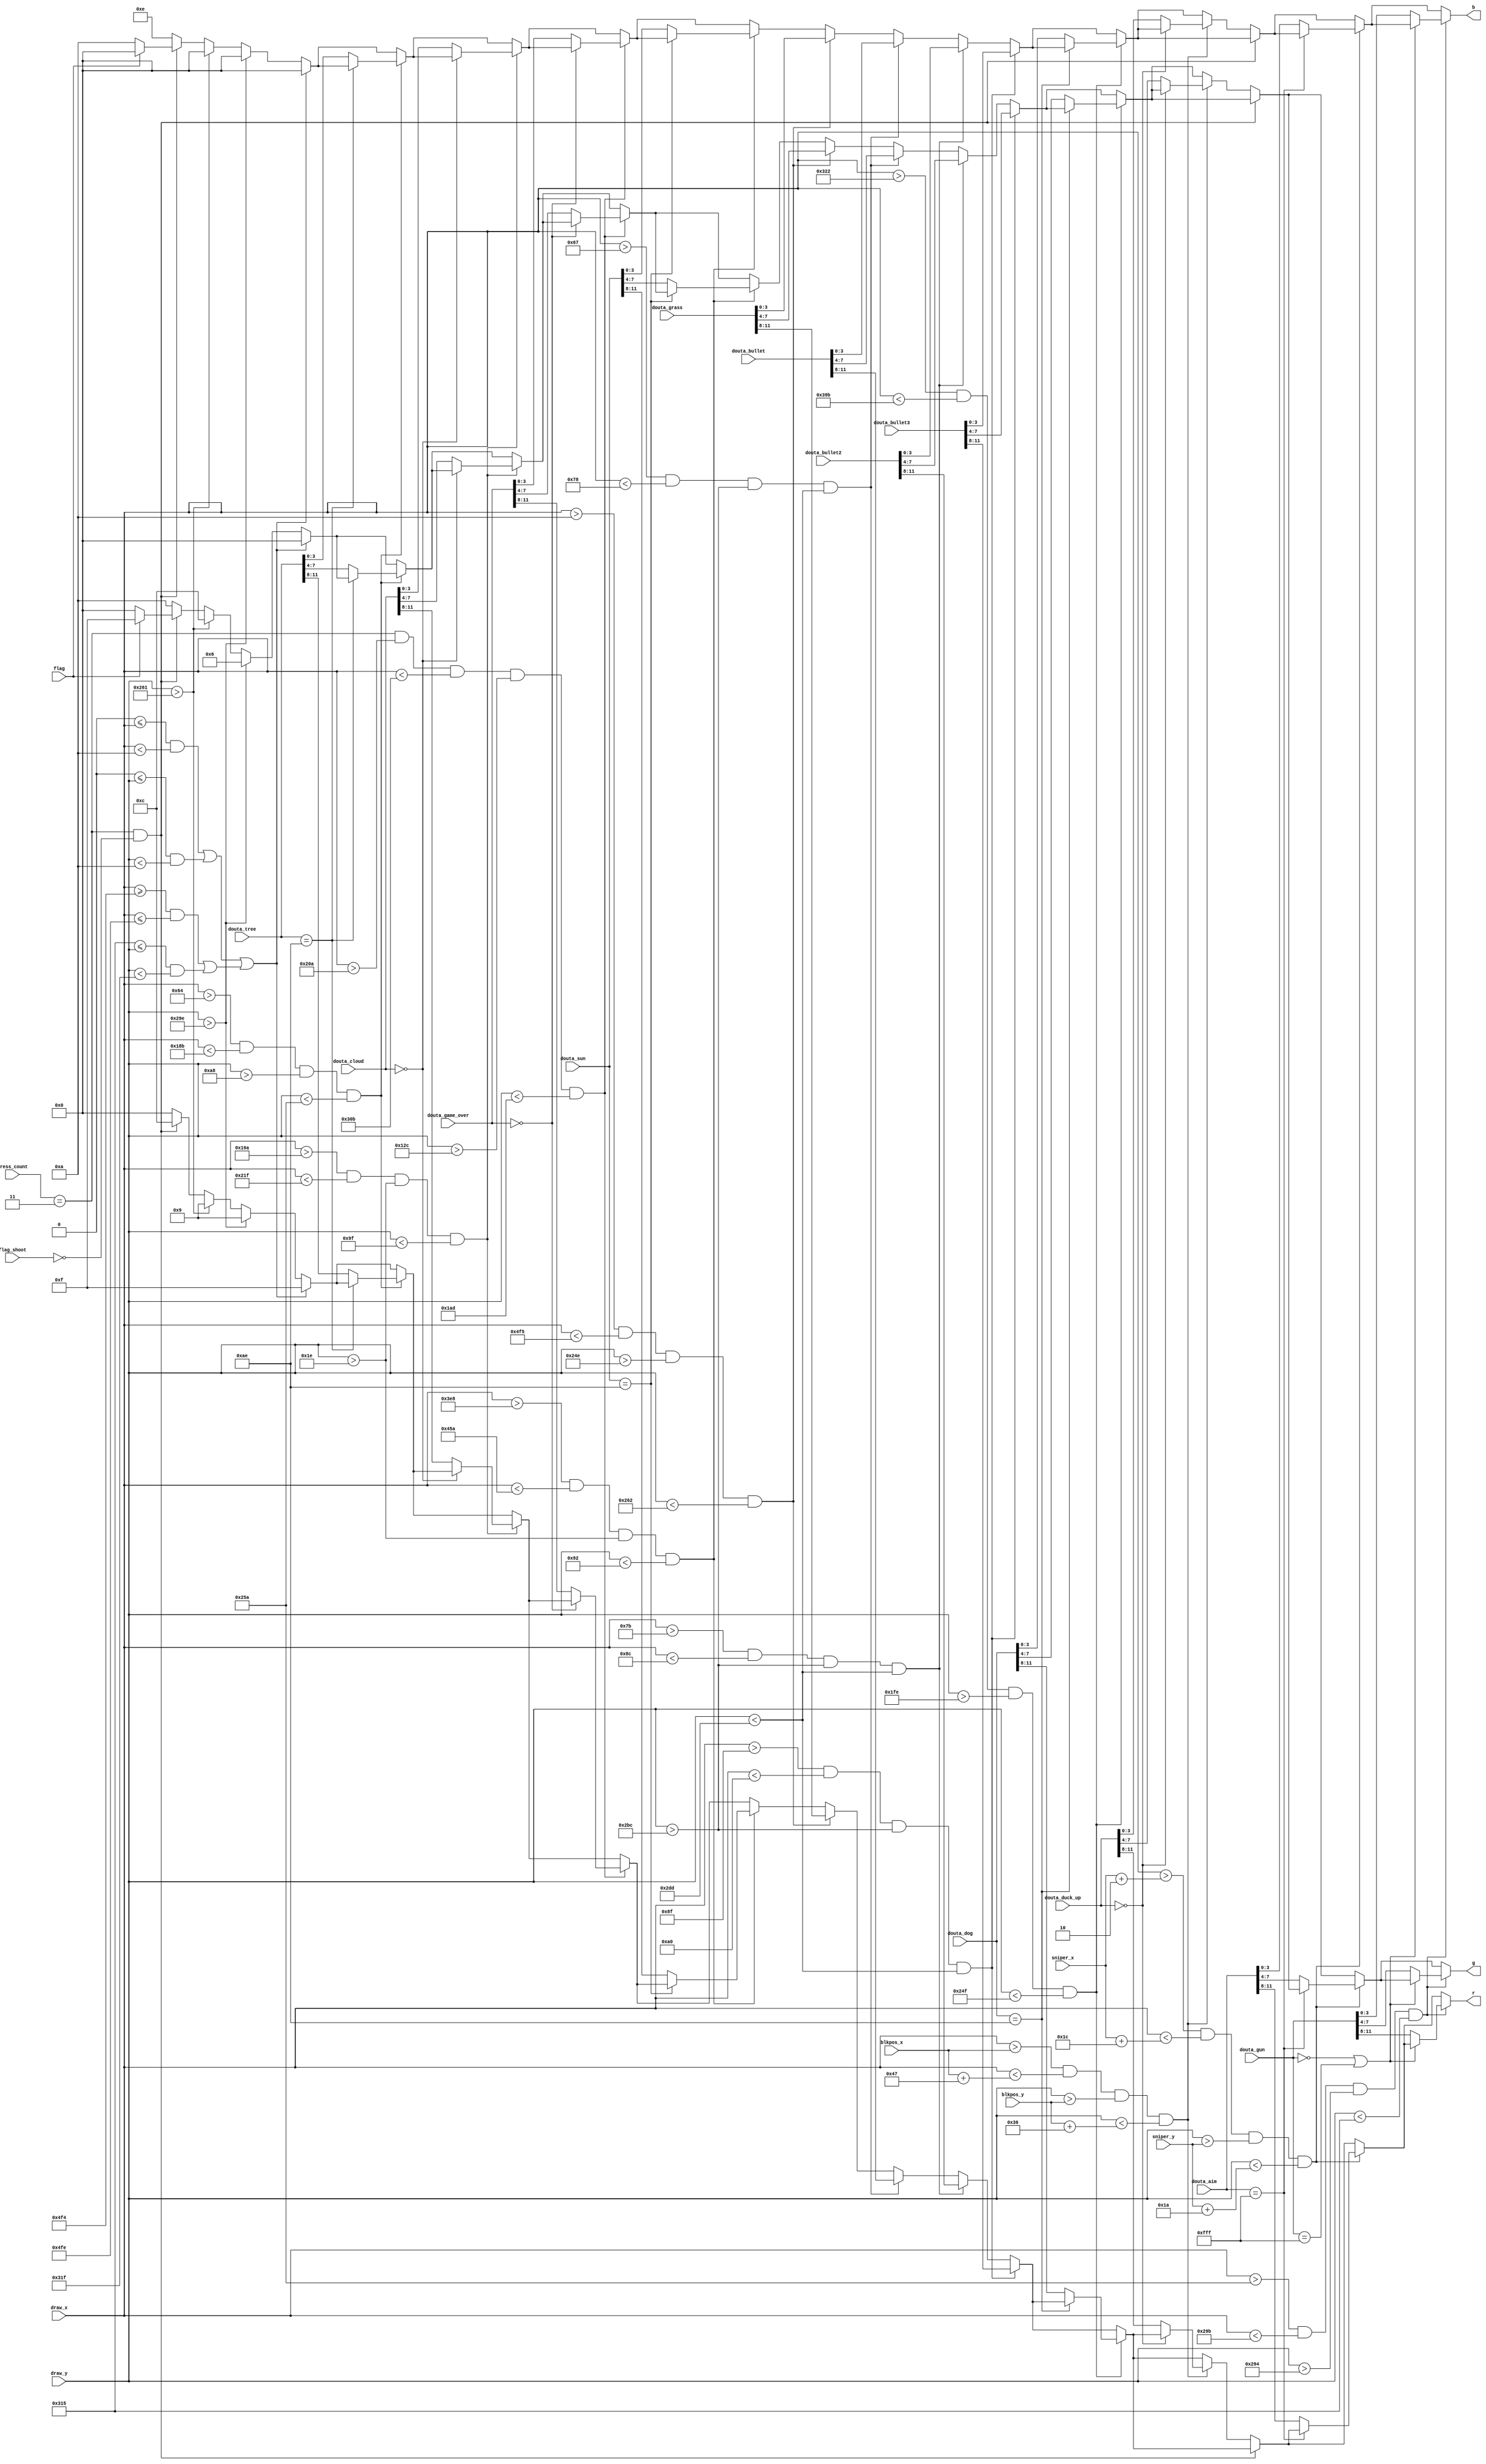
`timescale 1ns / 1ps
//////////////////////////////////////////////////////////////////////////////////
// Company: 
// Engineer: 
// 
// Design Name: 
// Module Name: drawcon
// Project Name: 
// Target Devices: 
// Tool Versions: 
// Description: 
// 
// Dependencies: 
// 
// Revision:
// Revision 0.01 - File Created
// Additional Comments:
// 
//////////////////////////////////////////////////////////////////////////////////


module drawcon(
input [10:0] sniper_x, sniper_y, blkpos_x, blkpos_y, draw_x, draw_y, 
input flag_shoot, flag,
input [1:0] press_count,
input [11:0] douta_tree, douta_cloud, douta_sun, douta_grass, douta_dog, douta_gun, douta_game_over, douta_aim, 
douta_duck_up, douta_bullet, douta_bullet2, douta_bullet3,
output reg [3:0] r, g, b
    );
reg [3:0] bg_b, bg_g, bg_r;
reg [3:0] blk_b, blk_g, blk_r; 

always@*
begin 
            // to draw wall on the edge
     if((((11'd0 <= draw_x) && (draw_x < 11'd10)) || ((11'd0<= draw_y) && (draw_y<11'd10))) 
     || (((draw_x>=11'd1268) && (draw_x <= 11'd1278)) || ((11'd789<= draw_y) && (draw_y<11'd799)))) 
        begin 
            bg_r = 4'hf;
            bg_g = 4'h0;
            bg_b = 4'h0;
        end
     else
        begin  
            if(draw_y > 11'd670) //condition to separate the background - for ground brown 
            begin
            bg_r = 4'h9;
            bg_g = 4'h6;
            bg_b = 4'h0;
            end
            else
            begin
                if(draw_y > 11'd609) // for grass green
                begin
                    bg_r = 4'h9;
                    bg_g = 4'hc;
                    bg_b = 4'h0;
                end
                else
                if((press_count == 2'd3) && ~ flag_shoot) // if game is finished pink color on the sky
                begin
                    if(flag) begin //if user won
                        bg_r = 4'hc;
                        bg_g = 4'hf;
                        bg_b = 4'h0;
                    end
                    else begin //if user lost
                        bg_r = 4'hc;
                        bg_g = 4'h0;
                        bg_b = 4'ha;
                    end
                end
                else begin  // for sky blue
                    bg_r = 4'h0;
                    bg_g = 4'ha;
                    bg_b = 4'he;
                end
            end
        end
end

always@*
begin
        r = bg_r;
        g = bg_g;
        b = bg_b;
         
//code to draw tree on the screen
    if((draw_x > 11'd100) && (draw_x < 11'd395) && (draw_y > 11'd168) &&  (draw_y < 11'd602))
    begin
    if(douta_tree == 12'h0ae) begin
            r = r;
            g = g;
            b = b;
        end
        else begin
            r = douta_tree[11:8];
            g = douta_tree[7:4];
            b = douta_tree[3:0];
    end 
    end
    
   if((draw_x > 11'd362) &&  (draw_x < 11'd543) && (draw_y > 11'd30) &&  (draw_y < 11'd159))
      begin
        if(douta_cloud == 12'h000) begin
            r = r;
            g = g;
            b = b;
            end
        else begin
            r = douta_cloud[11:8];
            g = douta_cloud[7:4];
            b = douta_cloud[3:0];
        end 
        end
    //to draw sun on the screen
    if((press_count == 2'd3) && (draw_x > 11'd522) && (draw_x < 11'd779) && (draw_y > 11'd300) && (draw_y < 11'd429))
    begin
        if(douta_game_over == 12'h000) begin
            r = r;
            g = g;
            b = b;
        end
        else begin
            r = douta_game_over[11:8];
            g = douta_game_over[7:4];
            b = douta_game_over[3:0];
    end 
    end
    // to draw the sun 
    if((draw_x > 11'd1000) && (draw_x < 11'd1114) && (draw_y > 11'd30) &&  (draw_y < 11'd146))
    begin
        if(douta_sun == 12'h0ae) begin
            r = r;
            g = g;
            b = b;
        end
        else begin
            r = douta_sun[11:8];
            g = douta_sun[7:4];
            b = douta_sun[3:0];
    end 
    end
    if((draw_x > 11'd10) &&  (draw_x < 11'd1269) && (draw_y > 11'd590) &&  (draw_y < 11'd610))
    begin
        r = douta_grass[11:8];
        g = douta_grass[7:4];
        b = douta_grass[3:0];
    end 
    // for bullet 
    if((draw_x > 11'd103) &&  (draw_x < 11'd120) && (draw_y > 11'd700) &&  (draw_y < 11'd733))
     begin
        r = douta_bullet[11:8];
        g = douta_bullet[7:4];
        b = douta_bullet[3:0];
    end 
    // for bullet
    if((draw_x > 11'd123) &&  (draw_x < 11'd140) && (draw_y > 11'd700) &&  (draw_y < 11'd733))
     begin
        r = douta_bullet2[11:8];
        g = douta_bullet2[7:4];
        b = douta_bullet2[3:0];
    end 
    // for bullet 
    if((draw_x > 11'd143) &&  (draw_x < 11'd160) && (draw_y > 11'd700) &&  (draw_y < 11'd733))
     begin
        r = douta_bullet3[11:8];
        g = douta_bullet3[7:4];
        b = douta_bullet3[3:0];
    end 
    
    // to draw a dog    
    if((draw_x > 11'd802) &&  (draw_x < 11'd923) && (draw_y > 11'd510) &&  (draw_y < 11'd591))
    begin
        if(douta_dog == 12'h0ae) begin
           r = r;
           g = g;
           b = b;
           end
        else begin
           r = douta_dog[11:8];
           g = douta_dog[7:4];
           b = douta_dog[3:0];
    end 
    end
    // to draw empty bullet set 
    if((press_count == 2'd3) && ~flag_shoot)
            begin
            r = r;
            g = g;
            b = b;
            end
    else begin 
        // for the duck drawing 
        if((draw_x > blkpos_x) &&  (draw_x < blkpos_x + 11'd71) &&(draw_y > blkpos_y) &&  (draw_y < blkpos_y + 11'd54)) //for moving pixels
        begin
        if(douta_duck_up == 12'h000) begin
            r = r;
            g = g;
            b = b;
            end
        else begin
            r = douta_duck_up[11:8];
            g = douta_duck_up[7:4];
            b = douta_duck_up[3:0];
             end
        end
    end  
    // for the aim drawing 
    if((draw_x > sniper_x + 4'd2) && (draw_x < sniper_x + 11'd28) && (draw_y > sniper_y) && (draw_y < sniper_y + 11'd26))
    begin
       if(douta_aim == 12'hfff) begin
        r = r;
        g = g;
        b = b;
        end
        else
        begin
        r = douta_aim[11:8];
        g = douta_aim[7:4];
        b = douta_aim[3:0];
        end
    end
    // for the gun drawing
    if((draw_x > 11'd602) &&  (draw_x < 11'd667) && (draw_y > 11'd660) &&  (draw_y < 11'd789))
    begin
        if((douta_gun == 12'h000) || (douta_gun == 12'hfff)) begin
        r = r;
        g = g;
        b = b;
        end
        else
        begin
        r = douta_gun[11:8];
        g = douta_gun[7:4];
        b = douta_gun[3:0];
        end
   end

end
//end
endmodule